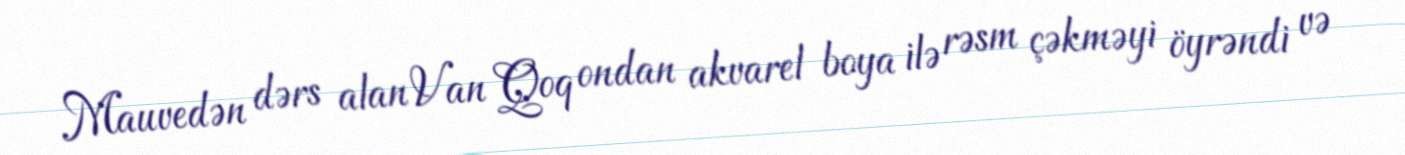
Mauvedən dərs alan Van Qoq ondan akvarel boya ilə rəsm çəkməyi öyrəndi və